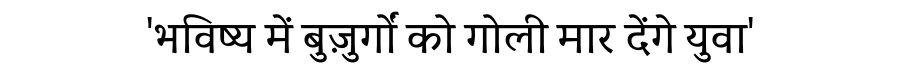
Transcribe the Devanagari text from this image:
'भविष्य में बुज़ुर्गों को गोली मार देंगे युवा'